Annual report of the Punjab Veterinary College and of the Civil Veterinary Department, Punjab - 1920-1925
Year: 1920
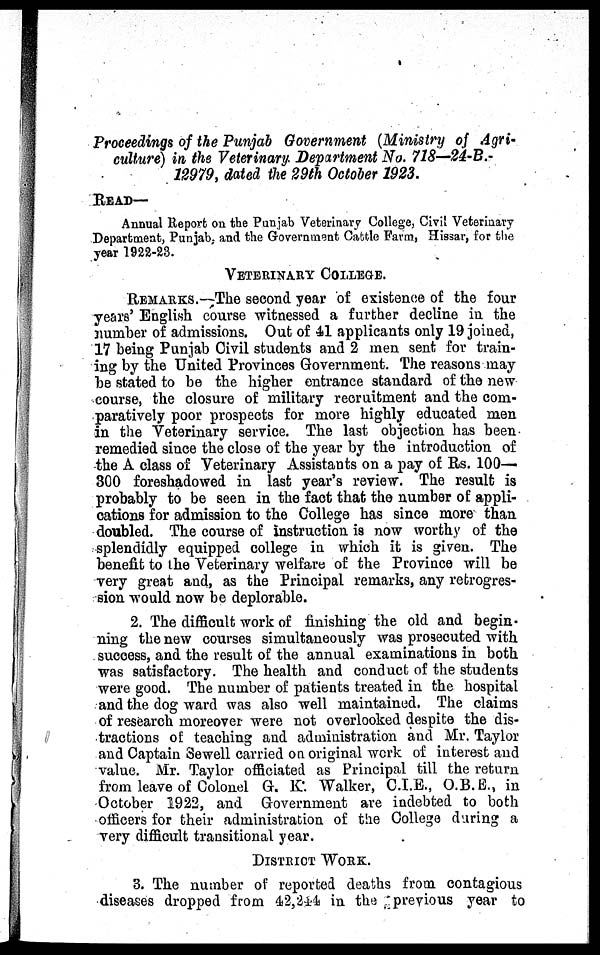
Proceedings of the Punjab Government (Ministry of Agri-
culture) in the Veterinary Department No. 718—24-B.-
12979, dated the 29th October 1923.
READ
Annual Report on the Punjab Veterinary College, Civil Veterinary
Department, Punjab, and the Government Cattle Farm, Hissar, for the
year 1922-23.
VETERINARY COLLEGE.
REMARKS. —The second year of existence of the four
years' English course witnessed a further decline in the
number of admissions. Out of 41 applicants only 19 joined,
17 being Punjab Civil students and 2 men sent for train-
ing by the United Provinces Government. The reasons may
be stated to be the higher entrance standard of the new
course, the closure of military recruitment and the com-
paratively poor prospects for more highly educated men
in the Veterinary service. The last objection has been
remedied since the close of the year by the introduction of
the A class of Veterinary Assistants on a pay of Rs. 100—
300 foreshadowed in last year's review. The result is
probably to be seen in the fact that the number of appli-
cations for admission to the College has since more than
doubled. The course of instruction is now worthy of the
splendidly equipped college in which it is given. The
benefit to the Veterinary welfare of the Province will be
very great and, as the Principal remarks, any retrogres-
sion would now be deplorable.
2. The difficult work of finishing the old and begin-
ning the new courses simultaneously was prosecuted with
success, and the result of the annual examinations in both
was satisfactory. The health and conduct of the students
were good. The number of patients treated in the hospital
and the dog ward was also well maintained. The claims
of research moreover were not overlooked despite the dis-
tractions of teaching and administration and Mr. Taylor
and Captain Sewell carried on original work of interest and
value. Mr. Taylor officiated as Principal till the return
from leave of Colonel G. K. Walker, C.I.E., O.B.E., in
October 1922, and Government are indebted to both
officers for their administration of the College during a
very difficult transitional year.
DISTRICT WORK.
3. The number of reported deaths from contagious
diseases dropped from 42,244 in the previous year to